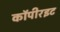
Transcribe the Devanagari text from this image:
कॉपीरइट